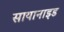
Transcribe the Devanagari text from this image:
सायानाइड